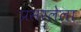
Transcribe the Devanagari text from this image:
प्रसरलेला